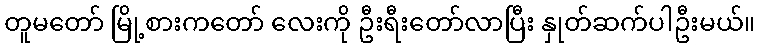
တူမတော် မြို့စားကတော် လေးကို ဦးရီးတော်လာပြီး နှုတ်ဆက်ပါဦးမယ်။